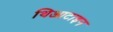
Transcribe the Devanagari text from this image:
थिआटाइन